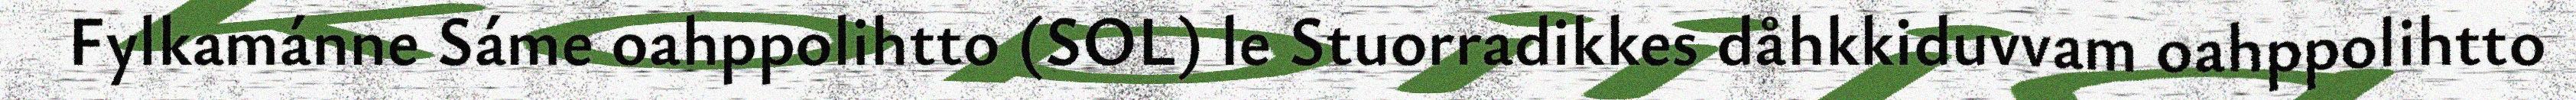
Fylkamánne Sáme oahppolihtto (SOL) le Stuorradikkes dåhkkiduvvam oahppolihtto